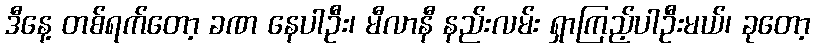
ဒီနေ့ တစ်ရက်တော့ ခဏ နေပါဦး၊ မီလာနီ နည်းလမ်း ရှာကြည့်ပါဦးမယ်၊ ခုတော့